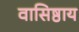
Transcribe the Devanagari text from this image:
वासिष्ठाय